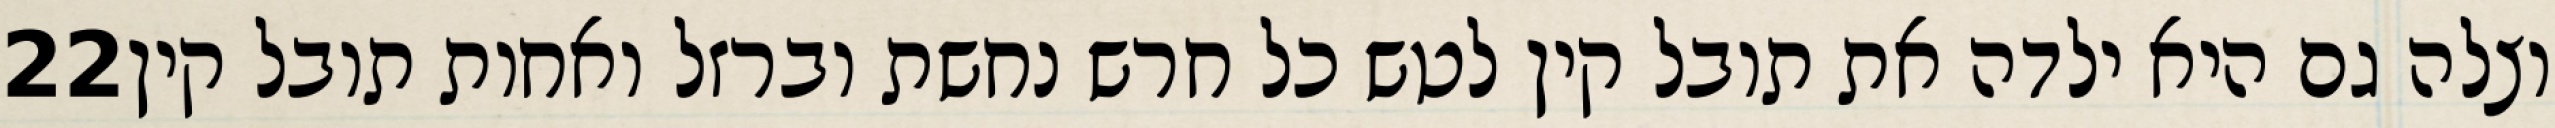
‎22‏ וצלה גם היא ילדה את תובל קין לטש כל חרש נחשת וברזל ואחות תובל קין